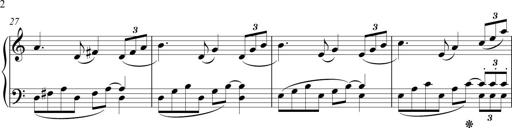
Title: Sonatina No. 1 in C
Composer: A. Marando
Key: C major